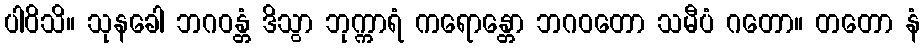
ပါဝိသိ။ သုနခေါ ဘဂဝန္တံ ဒိသွာ ဘုက္ကာရံ ကရောန္တော ဘဂဝတော သမီပံ ဂတော။ တတော နံ